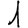
Digit: 1